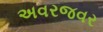
અવરજવર